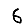
Digit: 6